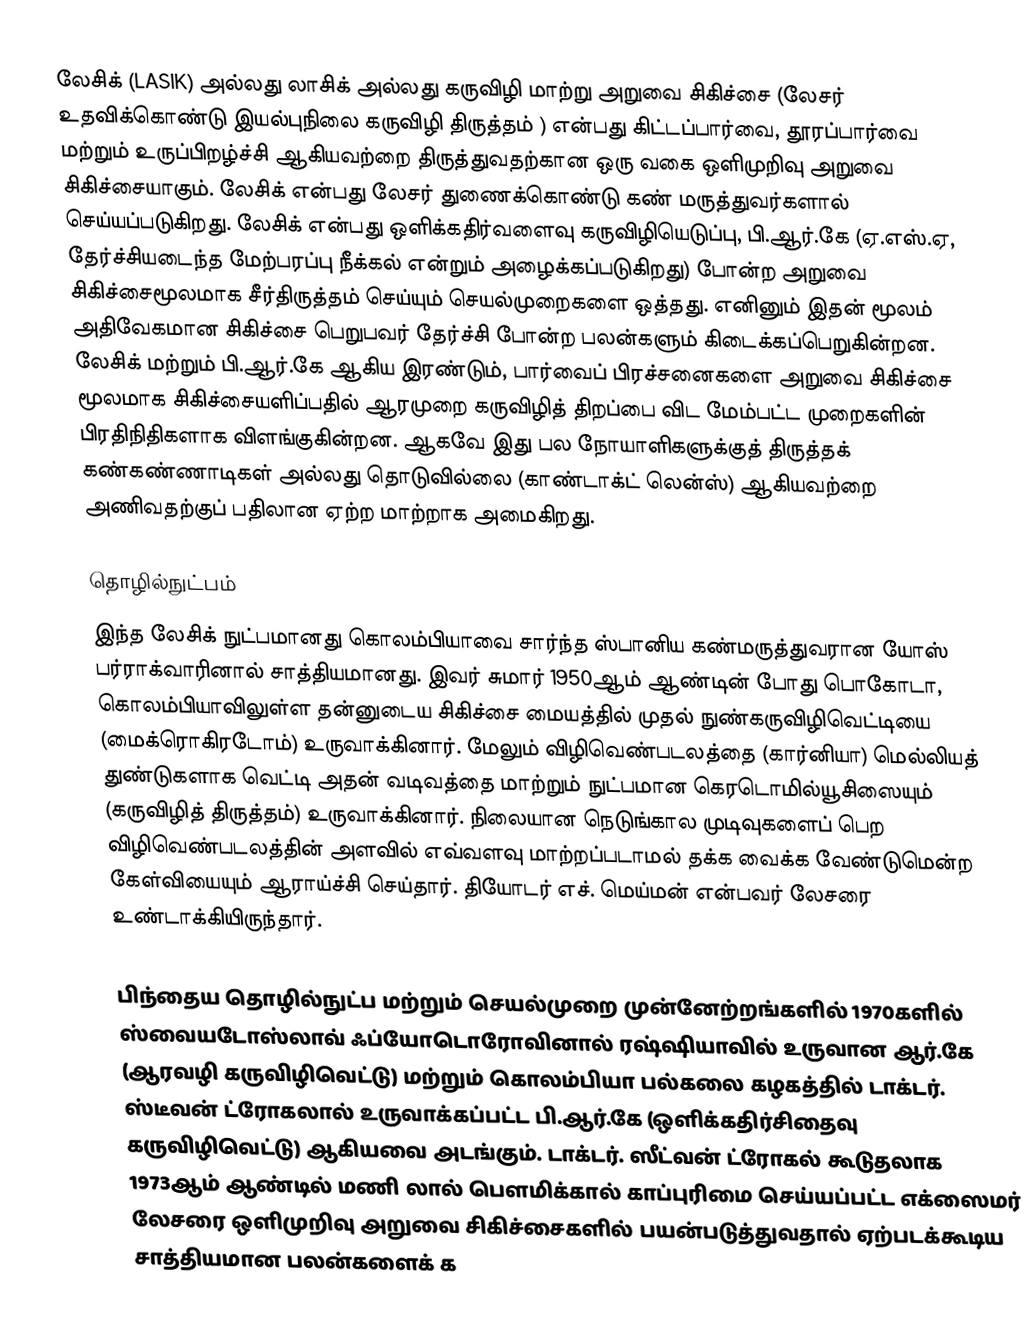
லேசிக் (LASIK)  அல்லது லாசிக்  அல்லது கருவிழி மாற்று அறுவை சிகிச்சை  (லேசர் உதவிக்கொண்டு இயல்புநிலை கருவிழி திருத்தம் ) என்பது கிட்டப்பார்வை, தூரப்பார்வை மற்றும் உருப்பிறழ்ச்சி ஆகியவற்றை திருத்துவதற்கான ஒரு வகை ஒளிமுறிவு அறுவை சிகிச்சையாகும். லேசிக் என்பது லேசர் துணைக்கொண்டு கண் மருத்துவர்களால் செய்யப்படுகிறது. லேசிக் என்பது ஒளிக்கதிர்வளைவு கருவிழியெடுப்பு, பி.ஆர்.கே (ஏ.எஸ்.ஏ, தேர்ச்சியடைந்த மேற்பரப்பு நீக்கல் என்றும் அழைக்கப்படுகிறது) போன்ற அறுவை சிகிச்சைமூலமாக சீர்திருத்தம் செய்யும் செயல்முறைகளை ஒத்தது. எனினும் இதன் மூலம் அதிவேகமான சிகிச்சை பெறுபவர் தேர்ச்சி போன்ற பலன்களும் கிடைக்கப்பெறுகின்றன. லேசிக் மற்றும் பி.ஆர்.கே ஆகிய இரண்டும், பார்வைப் பிரச்சனைகளை அறுவை சிகிச்சை மூலமாக சிகிச்சையளிப்பதில் ஆரமுறை கருவிழித் திறப்பை விட மேம்பட்ட முறைகளின் பிரதிநிதிகளாக விளங்குகின்றன. ஆகவே இது பல நோயாளிகளுக்குத் திருத்தக் கண்கண்ணாடிகள் அல்லது தொடுவில்லை (காண்டாக்ட் லென்ஸ்) ஆகியவற்றை அணிவதற்குப் பதிலான ஏற்ற மாற்றாக அமைகிறது.

தொழில்நுட்பம்
இந்த லேசிக் நுட்பமானது கொலம்பியாவை சார்ந்த ஸ்பானிய கண்மருத்துவரான யோஸ் பர்ராக்வாரினால் சாத்தியமானது. இவர் சுமார் 1950ஆம் ஆண்டின் போது பொகோடா, கொலம்பியாவிலுள்ள தன்னுடைய சிகிச்சை மையத்தில் முதல் நுண்கருவிழிவெட்டியை (மைக்ரொகிரடோம்) உருவாக்கினார். மேலும் விழிவெண்படலத்தை (கார்னியா) மெல்லியத் துண்டுகளாக வெட்டி அதன் வடிவத்தை மாற்றும் நுட்பமான கெரடொமில்யூசிஸையும் (கருவிழித் திருத்தம்) உருவாக்கினார். நிலையான நெடுங்கால முடிவுகளைப் பெற விழிவெண்படலத்தின் அளவில் எவ்வளவு மாற்றப்படாமல் தக்க வைக்க வேண்டுமென்ற கேள்வியையும் ஆராய்ச்சி செய்தார். தியோடர் எச். மெய்மன் என்பவர் லேசரை உண்டாக்கியிருந்தார்.

பிந்தைய தொழில்நுட்ப மற்றும் செயல்முறை முன்னேற்றங்களில் 1970களில் ஸ்வையடோஸ்லாவ் ஃப்யோடொரோவினால் ரஷ்ஷியாவில் உருவான ஆர்.கே (ஆரவழி கருவிழிவெட்டு) மற்றும் கொலம்பியா பல்கலை கழகத்தில் டாக்டர். ஸ்டீவன் ட்ரோகலால் உருவாக்கப்பட்ட பி.ஆர்.கே (ஒளிக்கதிர்சிதைவு கருவிழிவெட்டு) ஆகியவை அடங்கும். டாக்டர். ஸீட்வன் ட்ரோகல் கூடுதலாக 1973ஆம் ஆண்டில் மணி லால் பௌமிக்கால் காப்புரிமை செய்யப்பட்ட எக்ஸைமர் லேசரை ஒளிமுறிவு அறுவை சிகிச்சைகளில் பயன்படுத்துவதால் ஏற்படக்கூடிய சாத்தியமான பலன்களைக் க